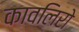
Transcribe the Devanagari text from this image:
कावलिरो